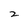
Character: z